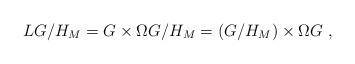
LaTeX: \begin{align*}LG/H_{M}=G\times \Omega G/H_{M}=(G/H_{M})\times \Omega G\, \, ,\end{align*}